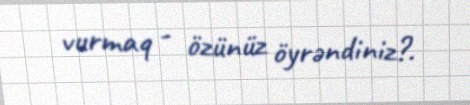
vurmaq - özünüz öyrəndiniz?.